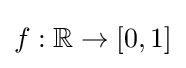
f:\mathbb {R} \to [0,1]